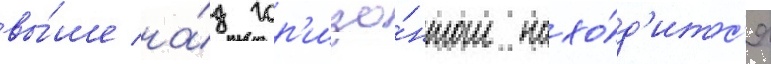
вы́ше на́д гор'изо́нтом нахо́д'итс'я